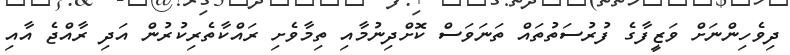
ދިވެހިންނަށް ވަޒީފާގެ ފުރުސަތުތައް ތަނަވަސް ކޮށްދިނުމާއި ތިމާވެށި ރައްކާތެރިކުރުން އަދި ރާއްޖެ އާއި